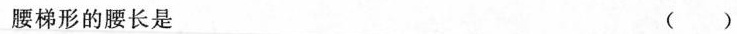
腰梯形的腰长是 ( )